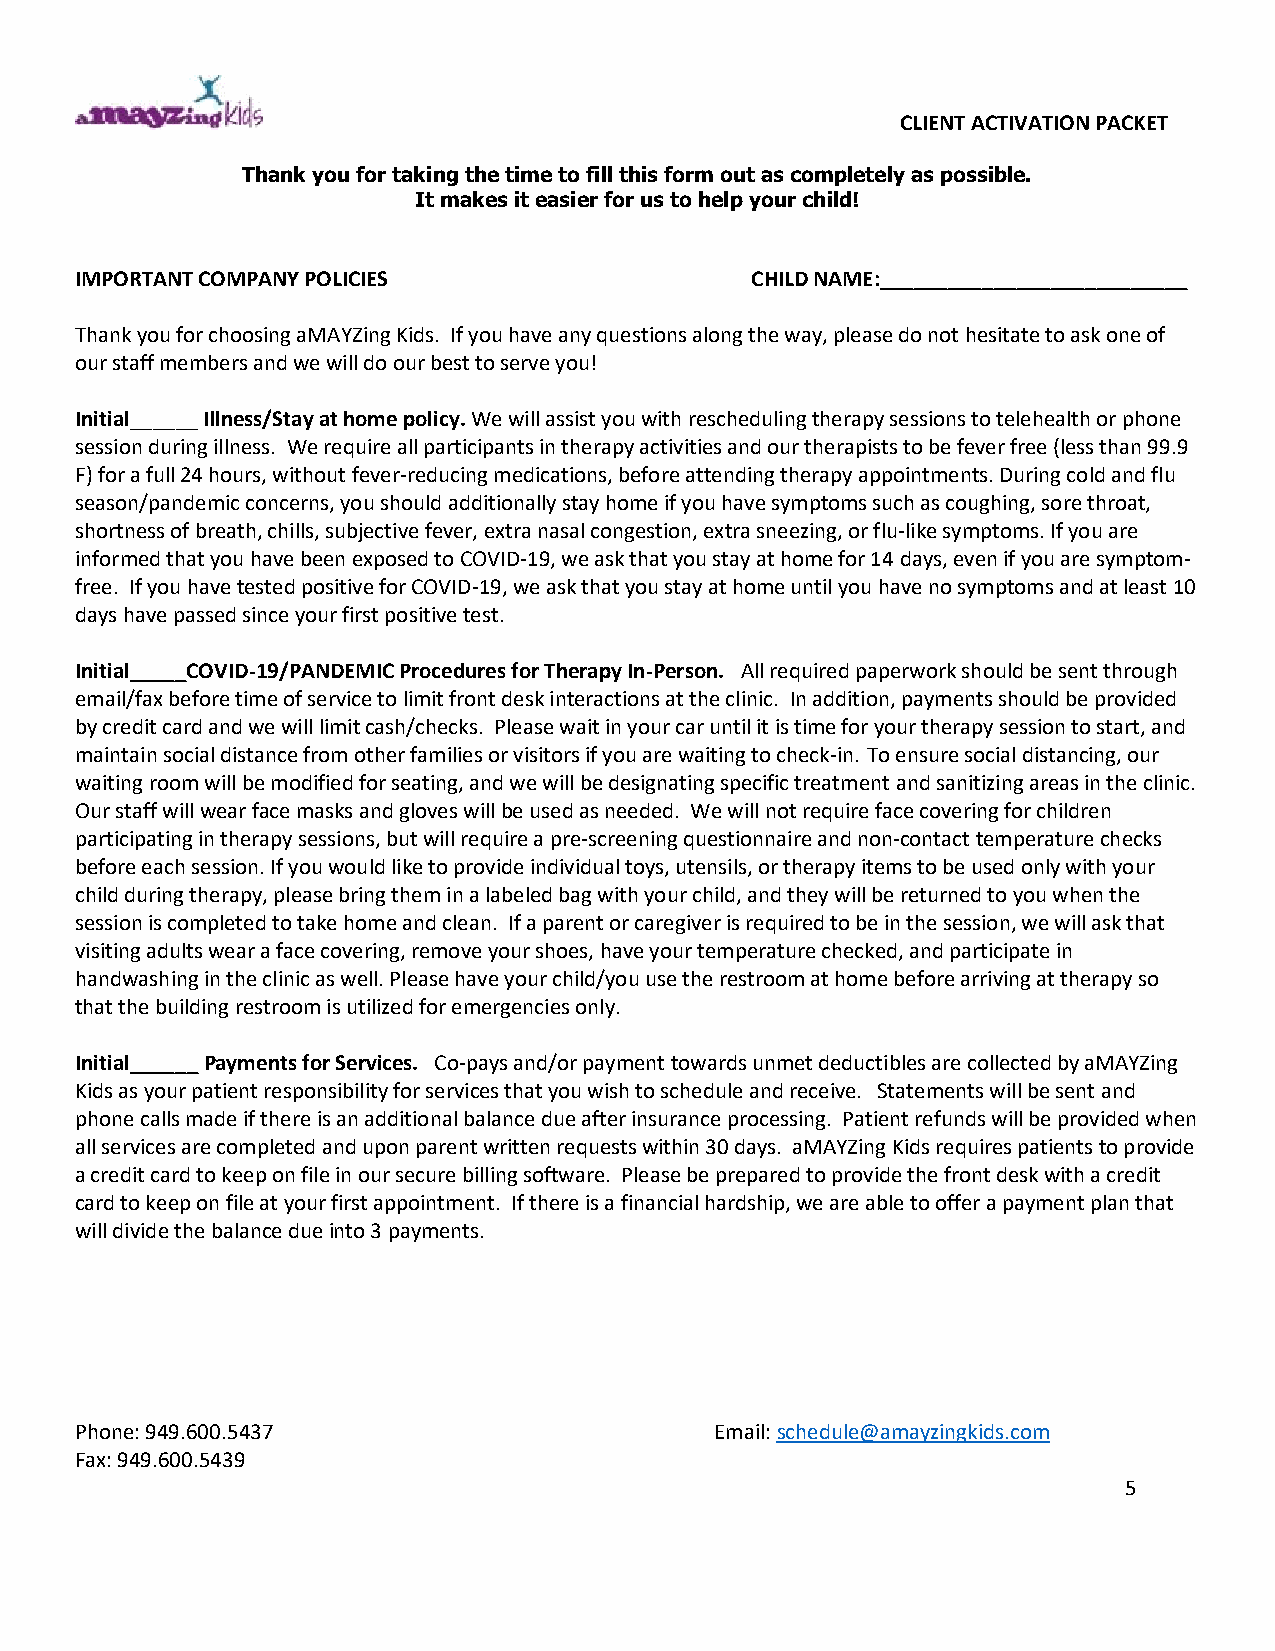
CLIENT ACTIVATION PACKET
 Thank you for taking the time to fill this form out as completely as possible.
 It makes it easier for us to help your child!
 IMPORTANT COMPANY POLICIES                   CHILD NAME:___________________________
 Thank you for choosing aMAYZing Kids. If you have any questions along the way, please do not hesitate to ask one of
 our staff members and we will do our best to serve you!
 Initial______ Illness/Stay at home policy. We will assist you with rescheduling therapy sessions to telehealth or phone
 session during illness. We require all participants in therapy activities and our therapists to be fever free (less than 99.9
 F) for a full 24 hours, without fever-reducing medications, before attending therapy appointments. During cold and flu
 season/pandemic concerns, you should additionally stay home if you have symptoms such as coughing, sore throat,
 shortness of breath, chills, subjective fever, extra nasal congestion, extra sneezing, or flu-like symptoms. If you are
 informed that you have been exposed to COVID-19, we ask that you stay at home for 14 days, even if you are symptom-
 free. If you have tested positive for COVID-19, we ask that you stay at home until you have no symptoms and at least 10
 days have passed since your first positive test.
 Initial_____COVID-19/PANDEMIC Procedures for Therapy In-Person. All required paperwork should be sent through
 email/fax before time of service to limit front desk interactions at the clinic. In addition, payments should be provided
 by credit card and we will limit cash/checks. Please wait in your car until it is time for your therapy session to start, and
 maintain social distance from other families or visitors if you are waiting to check-in. To ensure social distancing, our
 waiting room will be modified for seating, and we will be designating specific treatment and sanitizing areas in the clinic.
 Our staff will wear face masks and gloves will be used as needed. We will not require face covering for children
 participating in therapy sessions, but will require a pre-screening questionnaire and non-contact temperature checks
 before each session. If you would like to provide individual toys, utensils, or therapy items to be used only with your
 child during therapy, please bring them in a labeled bag with your child, and they will be returned to you when the
 session is completed to take home and clean. If a parent or caregiver is required to be in the session, we will ask that
 visiting adults wear a face covering, remove your shoes, have your temperature checked, and participate in
 handwashing in the clinic as well. Please have your child/you use the restroom at home before arriving at therapy so
 that the building restroom is utilized for emergencies only.
 Initial______ Payments for Services. Co-pays and/or payment towards unmet deductibles are collected by aMAYZing
 Kids as your patient responsibility for services that you wish to schedule and receive. Statements will be sent and
 phone calls made if there is an additional balance due after insurance processing. Patient refunds will be provided when
 all services are completed and upon parent written requests within 30 days. aMAYZing Kids requires patients to provide
 a credit card to keep on file in our secure billing software. Please be prepared to provide the front desk with a credit
 card to keep on file at your first appointment. If there is a financial hardship, we are able to offer a payment plan that
 will divide the balance due into 3 payments.
 Phone: 949.600.5437                       Email: schedule@amayzingkids.com
 Fax: 949.600.5439
 5